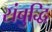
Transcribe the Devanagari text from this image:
संबुद्धि